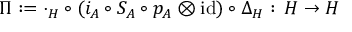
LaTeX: \Pi : = \cdot _ { H } \circ ( i _ { A } \circ S _ { A } \circ p _ { A } \otimes \mathrm { i d } ) \circ \Delta _ { H } : \, H \rightarrow H